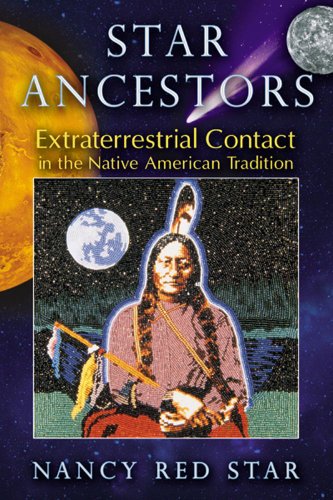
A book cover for Star Ancestors: Extraterrestrial Contact in the Native American Tradition; Nancy Red Star; Science & Math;